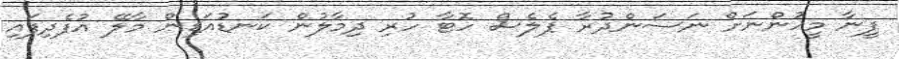
ފީނާ މީހުންނަށް ނަސަންދުރާ ޕެލެސް ހޮޓާ ހުރި ދިމާލުން ކަނޑުއަޑިން މާލޭ އުފެދިފައި